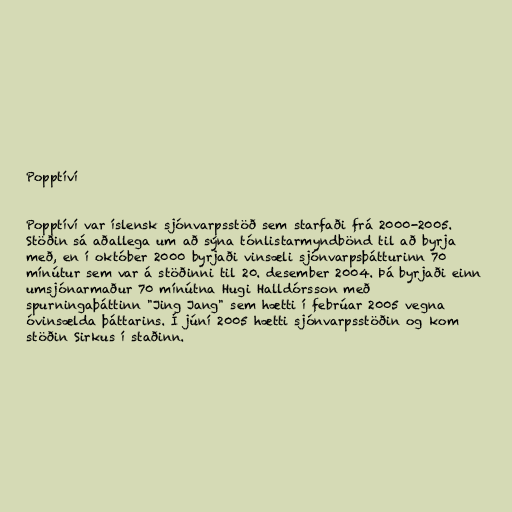
Popptíví

Popptíví var íslensk sjónvarpsstöð sem starfaði frá 2000-2005.
Stöðin sá aðallega um að sýna tónlistarmyndbönd til að byrja
með, en í október 2000 byrjaði vinsæli sjónvarpsþátturinn 70
mínútur sem var á stöðinni til 20. desember 2004. Þá byrjaði einn
umsjónarmaður 70 mínútna Hugi Halldórsson með
spurningaþáttinn "Jing Jang" sem hætti í febrúar 2005 vegna
óvinsælda þáttarins. Í júní 2005 hætti sjónvarpsstöðin og kom
stöðin Sirkus í staðinn.